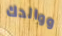
ووالدك